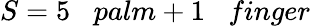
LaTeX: S=5\; \; \; palm+1\; \; \; finger